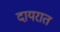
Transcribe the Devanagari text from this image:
दायरात